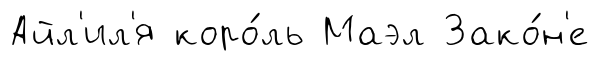
Айл'ил'я коро́ль Маэл Зако́н'е